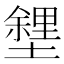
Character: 𡒟